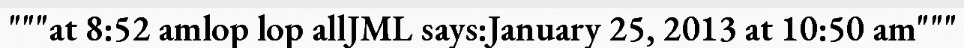
"""at 8:52 amlop lop allJML says:January 25, 2013 at 10:50 am"""